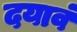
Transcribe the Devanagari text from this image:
दयावं